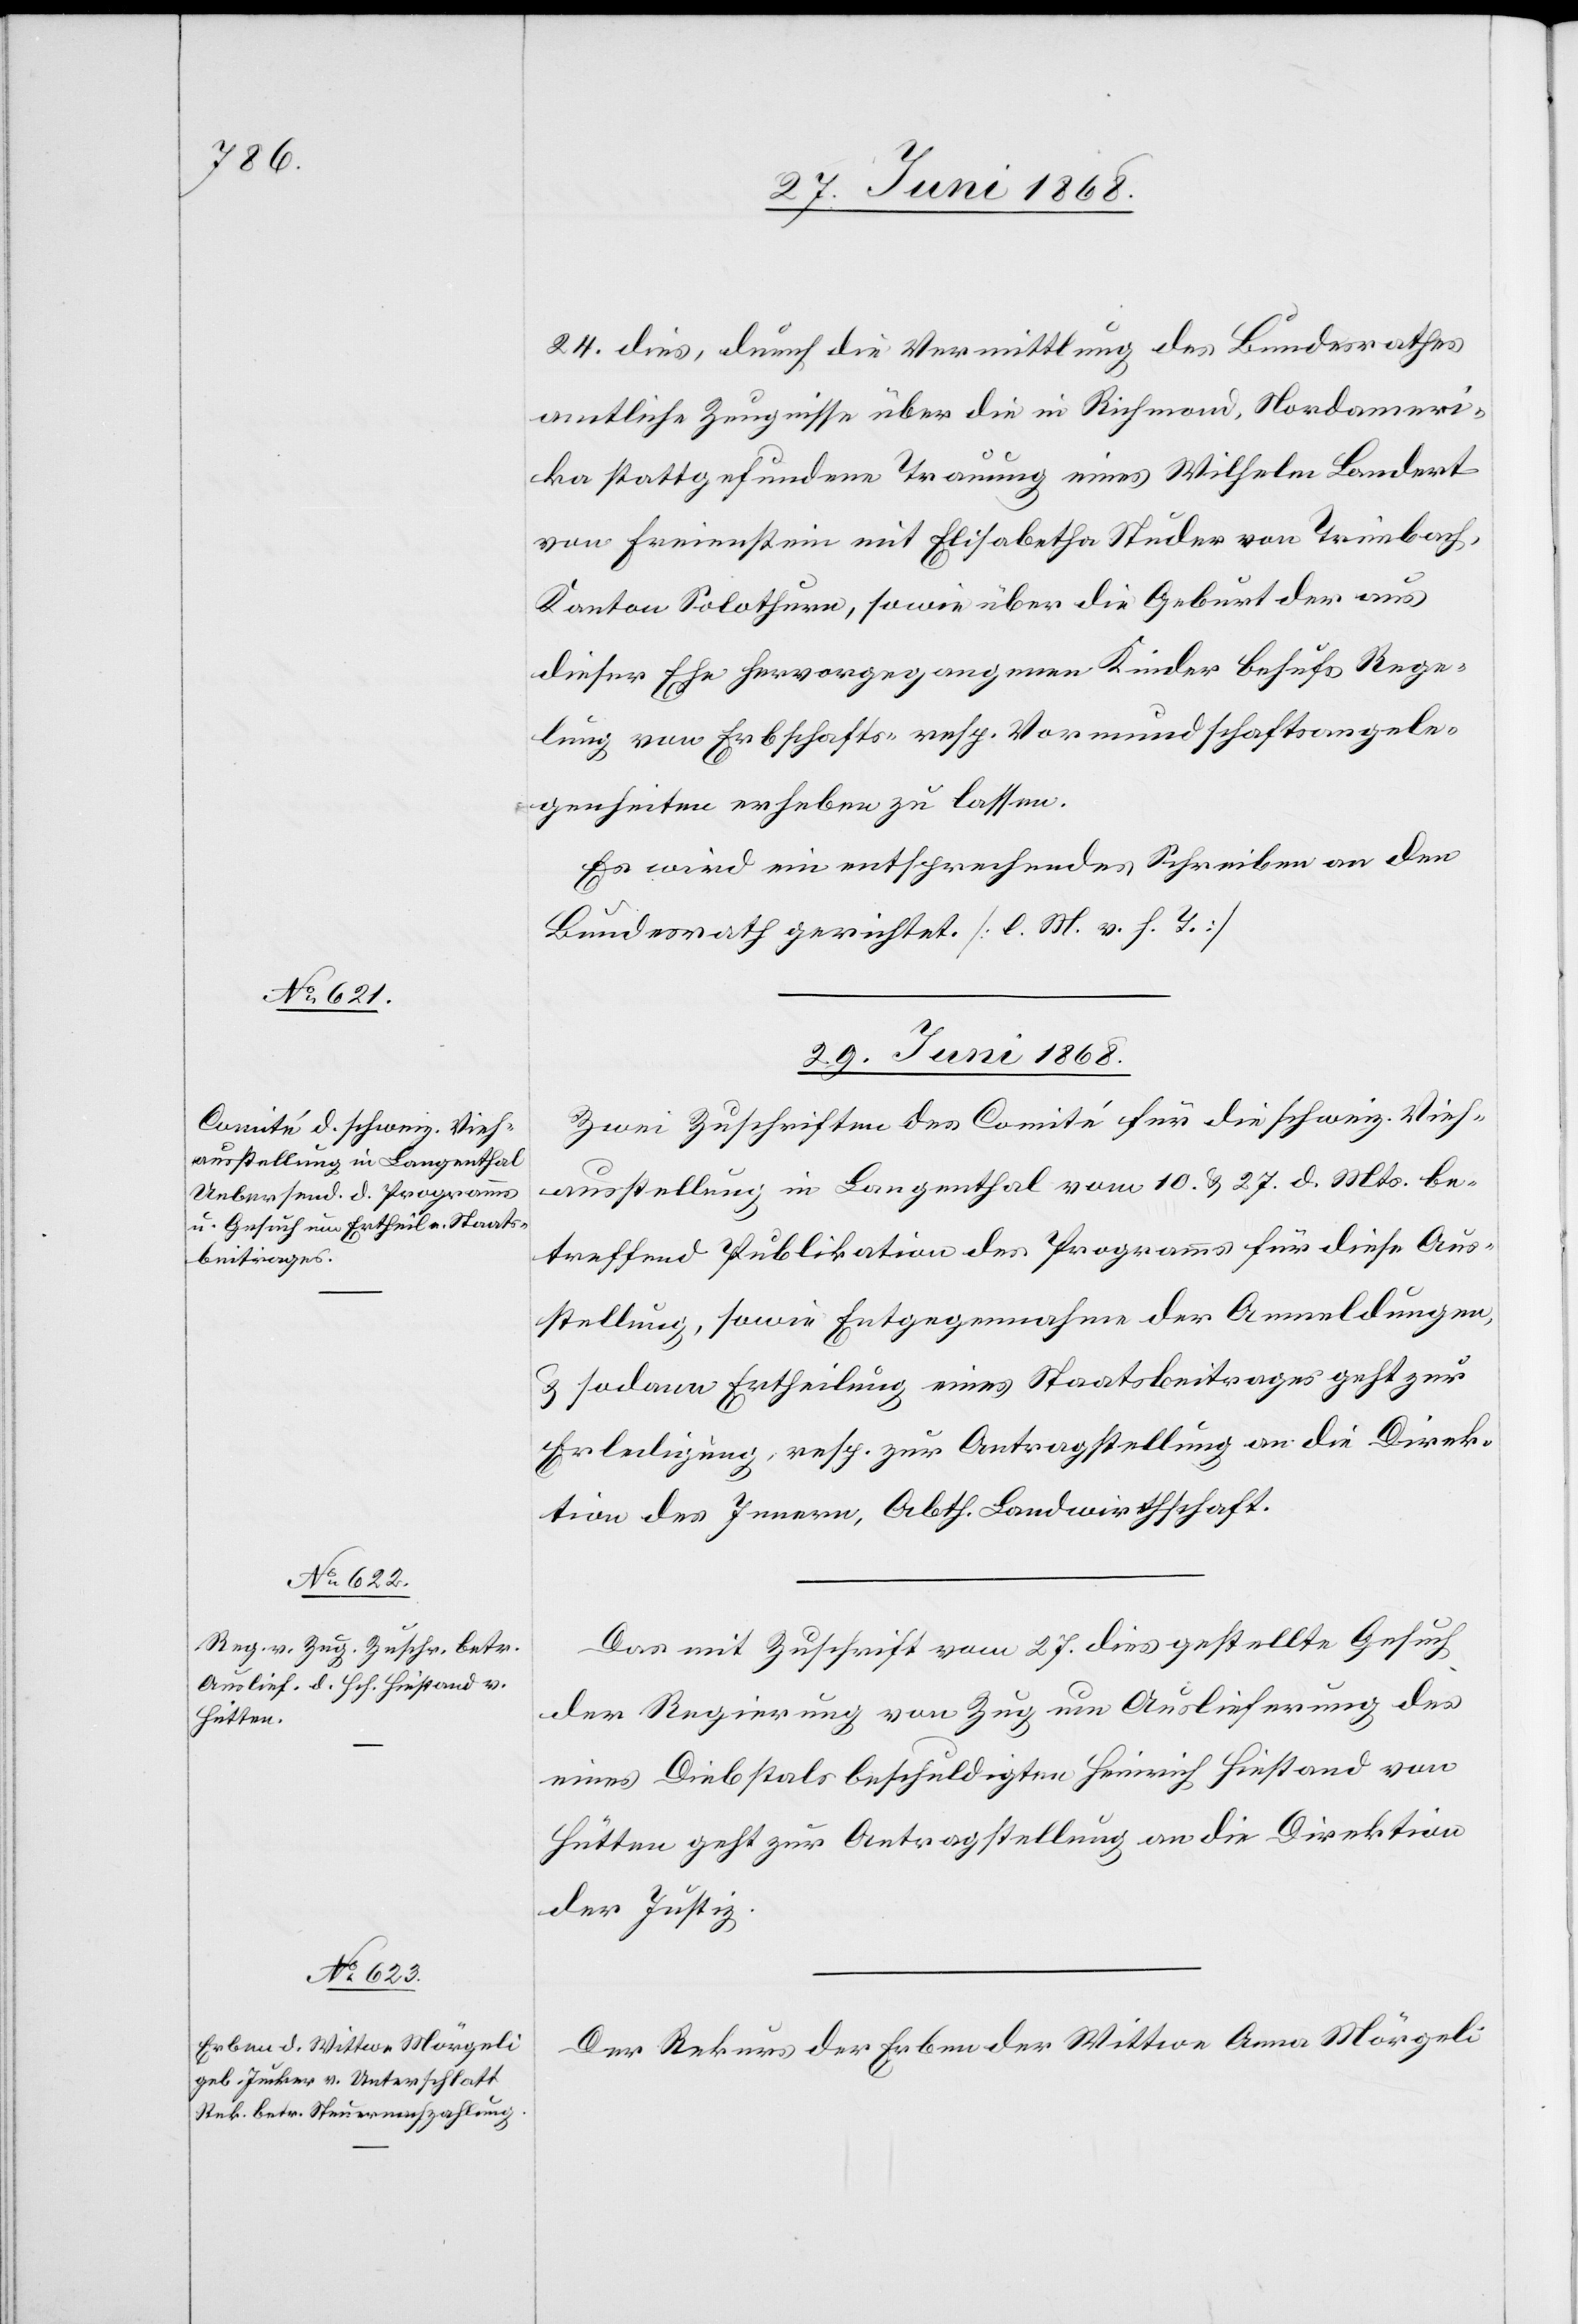
29. Juni 1868.]
24. dies, durch die Vermittlung des Bundesrathes
amtliche Zeugnisse über die in Richmond Nordameri¬
ka stattgefundene Trauung eines Wilhelm Landert
von Freienstein mit Elisabetha Studer von Trimbach,
Kanton Solothurn, sowie über die Geburt der aus
dieser Ehe hervorgegangenen Kinder behufs Rege¬
lung von Erbschafts- resp. Vormundschaftsangele¬
genheiten erheben zu lassen.
Es wird ein entsprechendes Schreiben an den
Bundesrath gerichtet. [l. M. v. h. T.]
29. Juni 1868.
Zwei Zuschriften des Comité für die schweiz. Vieh¬
ausstellung in Langenthal vom 10. & 27. d. Mts. be¬
treffend Publikation des Programms für diese Aus¬
stellung, sowie Entgegennahme der Anmeldungen,
& sodann Ertheilung eines Staatsbeitrages geht zur
Erledigung, resp. zur Antragstellung an die Direk¬
tion des Innern, Abth. Landwirthschaft.
Das mit Zuschrift vom 27. dies gestellte Gesuch
der Regierung von Zug um Auslieferung des
eines Diebstals beschuldigten Heinrich Hiestand von
Hütten geht zur Antragstellung an die Direktion
der Justiz.
Der Rekurs der Erben der Wittwe Anna Mörgeli